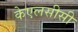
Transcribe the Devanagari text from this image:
केएलसीसी